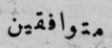
متوافقين